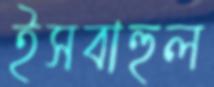
ইসবাহুল